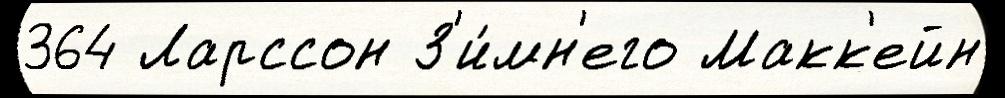
364 Ларссон З'и́мн'его Макк'ейн